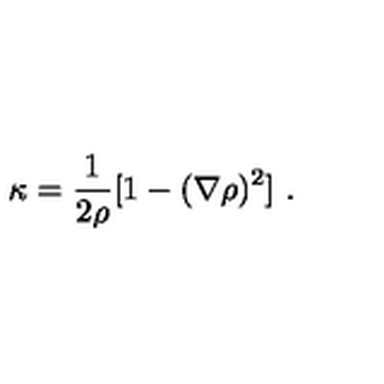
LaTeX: \kappa = \frac { 1 } { 2 \rho } [ 1 - ( \nabla \rho ) ^ { 2 } ] \ .